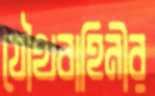
যৌথবাহিনীর